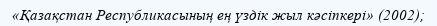
«Қазақстан Республикасының ең үздік жыл кәсіпкері» (2002);